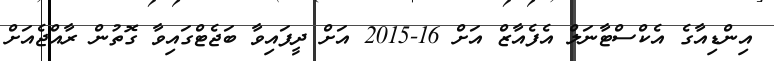
އިންޑިއާގެ އެކްސްޓާނަލް އެފެއާޒް އަށް 16-2015 އަށް ދީފައިވާ ބަޖެޓްގައިވާ ގޮތުން ރާއްޖެއަށް